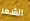
الشعر